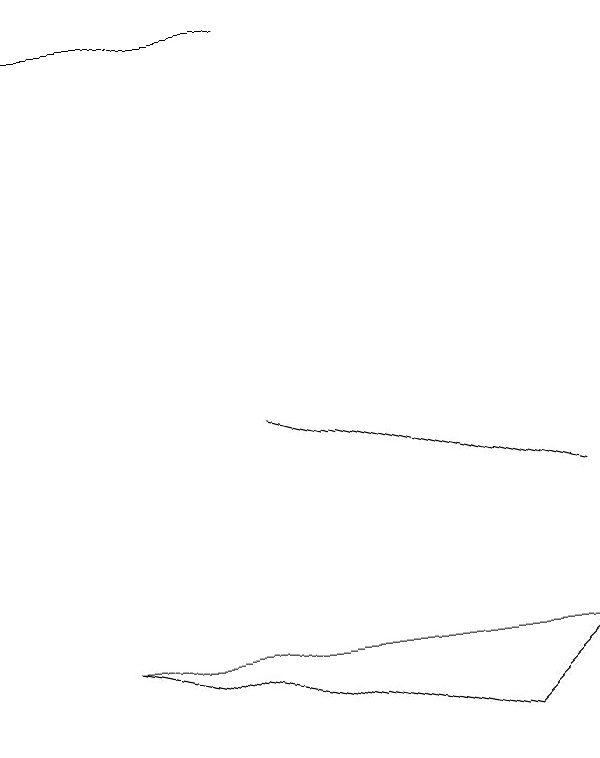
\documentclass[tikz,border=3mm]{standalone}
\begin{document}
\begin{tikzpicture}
\draw (2,14) rectangle (5,14);
\draw (5,9) -- (5,9) -- (9,8) -- cycle;
\draw (9,6) -- (3,6) -- (8,5) -- cycle;
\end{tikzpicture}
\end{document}